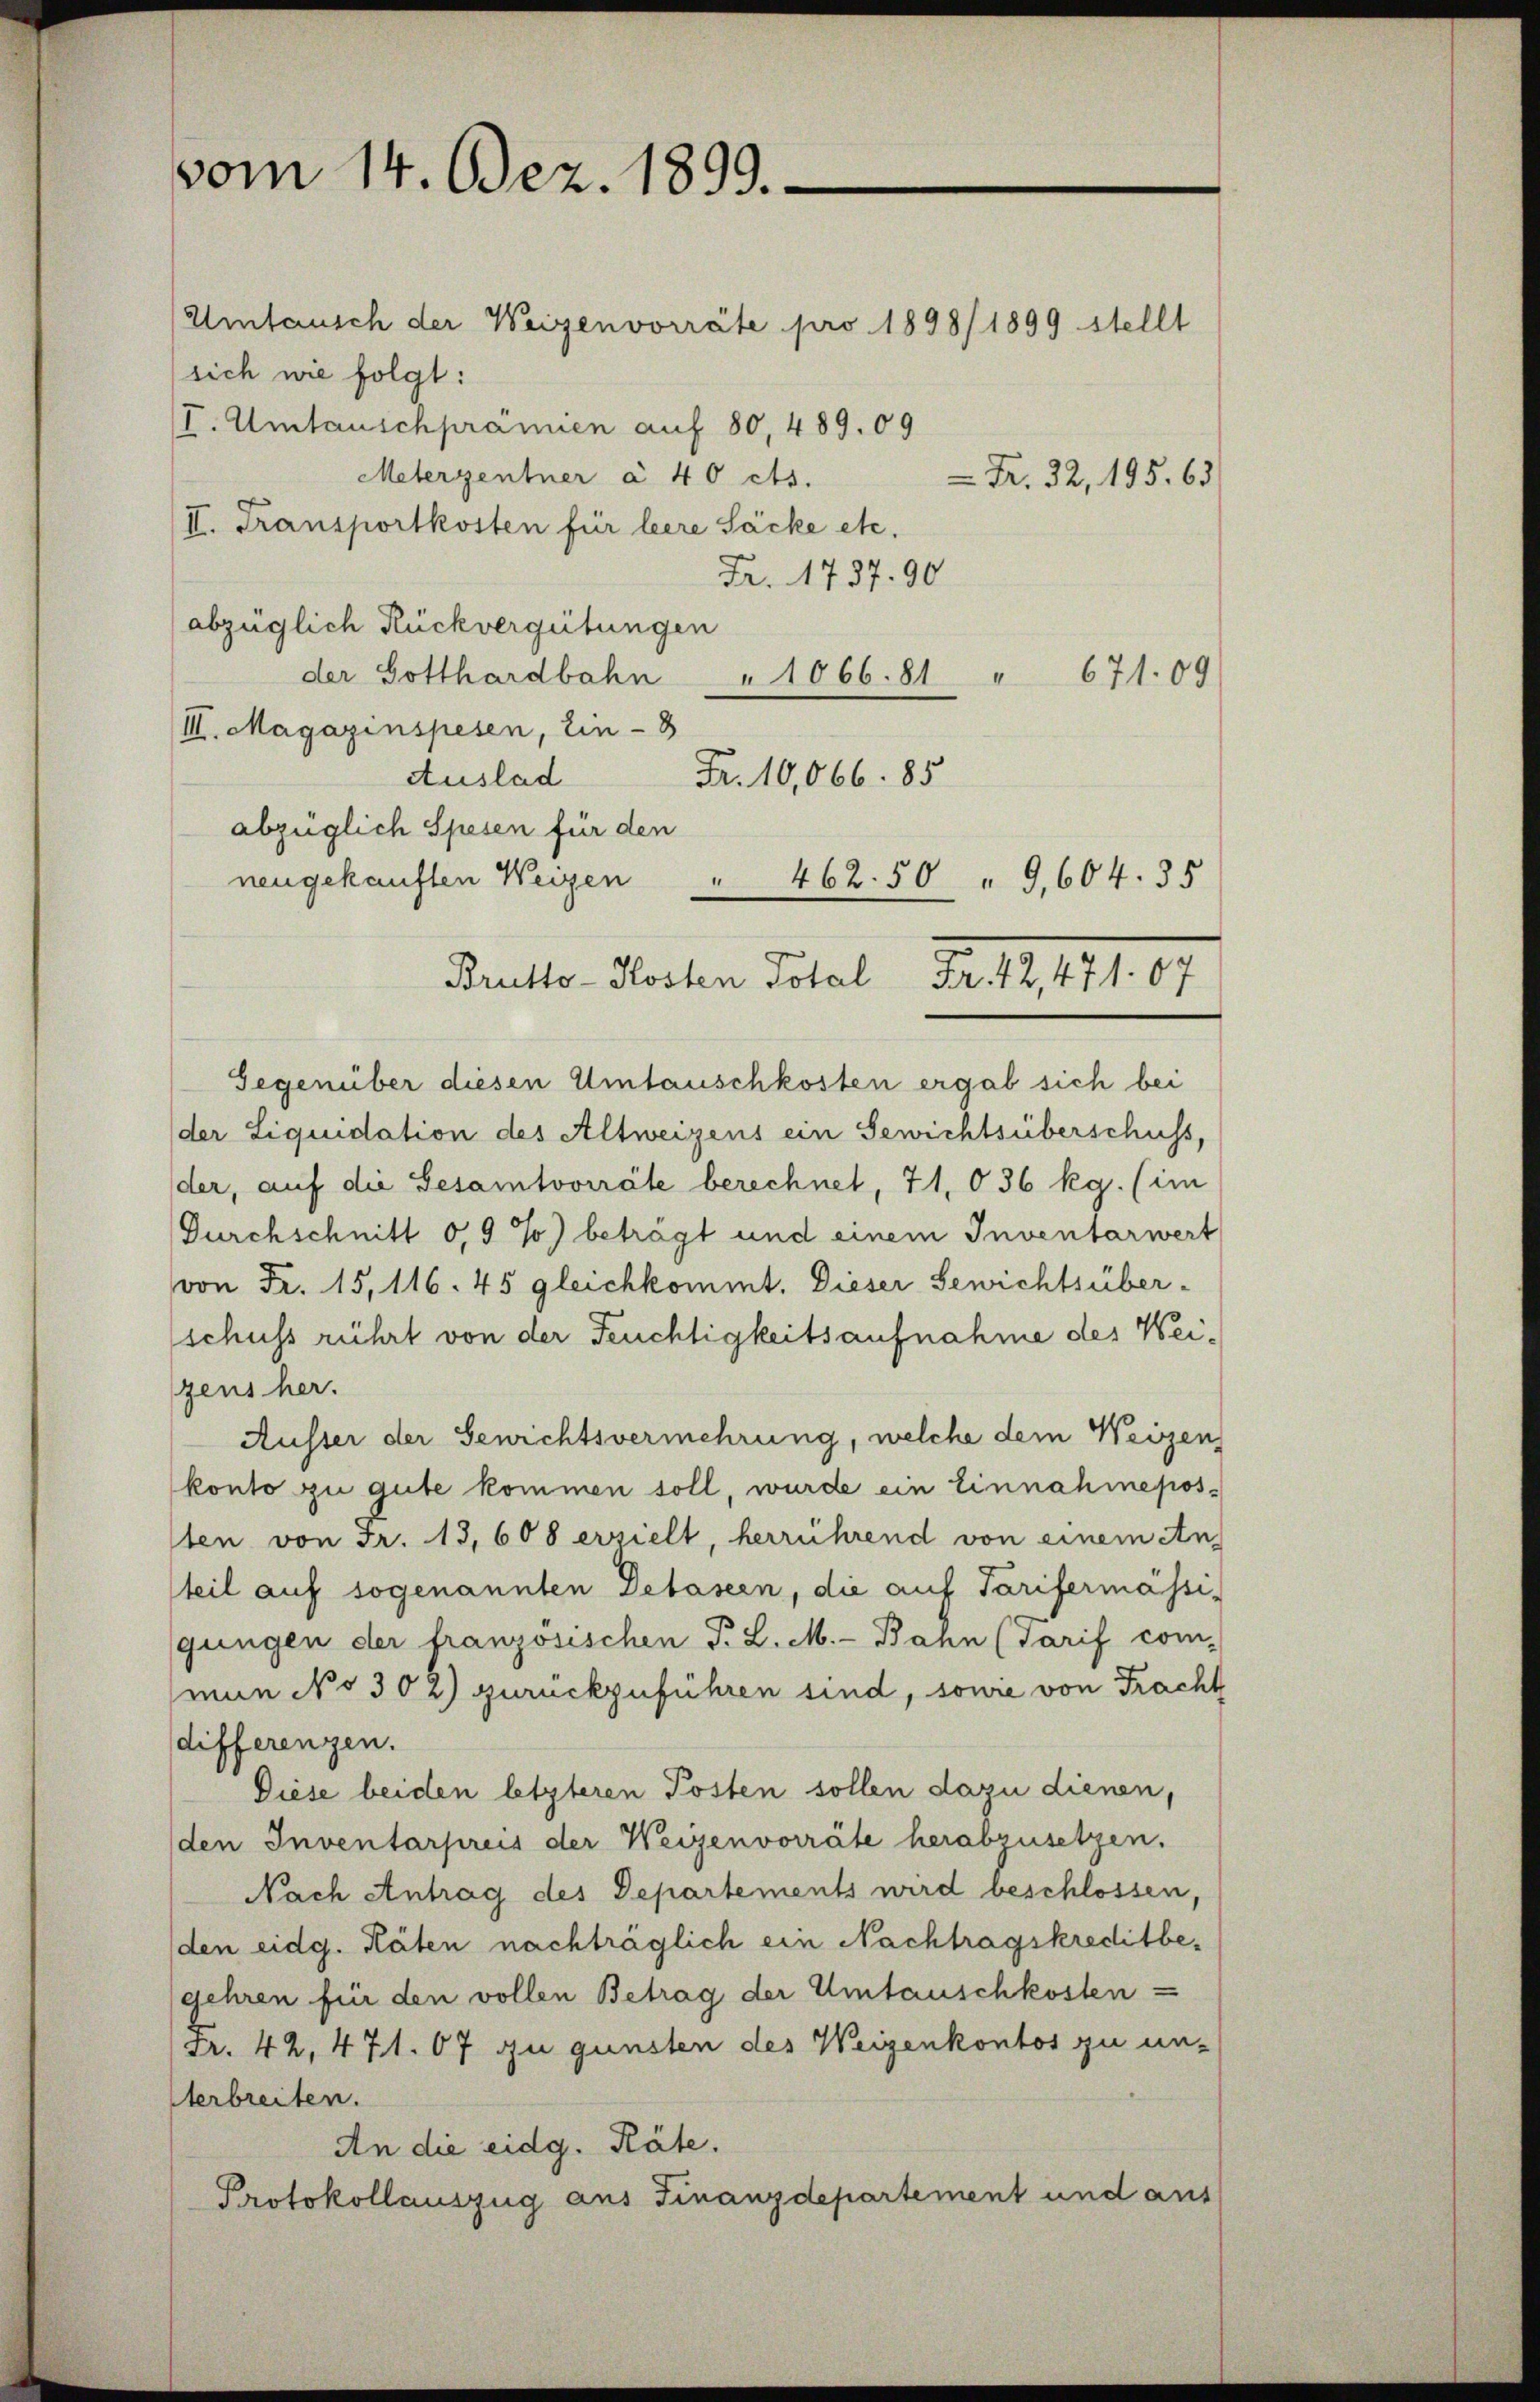
vom 14. Dez. 1899.

Umtausch der Weigenvorräte pro 1898/ 1899 stellt
sich wie folgt:
I. Umtauschprämien auf 80, 489. 09
Meterzentner à 40 cts.
II. Transportkosten für leere Säcke etc.
Fr. 1737. 90
abzüglich Rückvergütungen
der Gotthardbahn
" 1066. 81 " 671. 09
III. Magazinspesen, Ein - 8
Fr. 10,066 85
Auslad
abzüglich Spesen für den
Gegenüber diesen Umtauschkosten ergab sich bei
(der Liquidation des Altweizens ein Gewichtsüberschuss,
der, auf die Gesamtvorräte berechnet, 71, 036 kg. (im
Durchschnitt 0,9 %) beträgt und einem Inventarwert
von Fr. 15, 116. 45 gleichkommt. Dieser Gewichtsüber-
schuss rührt von der Feuchtigkeitsaufnahme des Weigens her.
Ausser der Gewichtsvermehrung, welche dem Weizen
konto zu gute kommen soll, wurde ein Einnahmeposten von Fr. 13,608 erzielt, herrührend von einem An
teil auf sogenannten Detasien, die auf Tarifermässi-
gungen der französischen P. L. M. - Bahn (Tarif com-
mun No 302) zurückzuführen sind, sowie von Fracht
differenzen.
Diese beiden letzteren Posten sollen dazu dienen,
den Inventarpreis der Weigenvorräte herabzusetzen.
Nach Antrag des Departements wird beschlossen,
den eidg. Räten nachträglich ein Nachtragskreditbegehren für den vollen Betrag der Umtauschkosten
Fr. 42, 471. 67 zu gunsten des Weigenkontos zu un-
terbreiten.
An die eidg. Räte.
Protokollauszug aus Finanzdepartement und aus

nengekauften Weigen " 462.50 " 9,604. 35

Fr. 32, 195. 63

Brutto-Kosten Total Fr. 12,471. 67